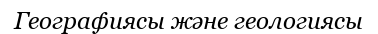
Географиясы және геологиясы